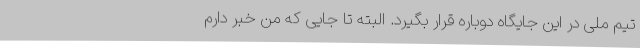
تیم ملی در این جایگاه دوباره قرار بگیرد. البته تا جایی که من خبر دارم